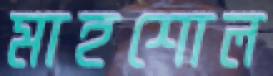
মাহশোল